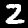
Label: 2